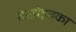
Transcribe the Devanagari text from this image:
संख्येइतका